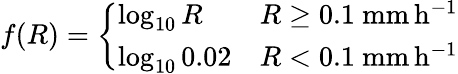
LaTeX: f(R)=\left\{ \begin{array}{ll}{\log_{10}R}&{R\geq 0.1\ \mathrm{mm\, h^{-1}}}\\ {\log_{10}0.02}&{R<0.1\ \mathrm{mm\, h^{-1}}}\end{array}\right.